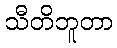
သီတိဘူတာ